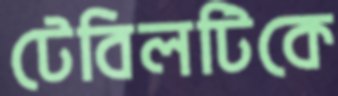
টেবিলটিকে